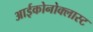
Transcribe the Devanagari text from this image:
आईकोनोक्लास्ट